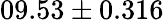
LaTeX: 09.53\pm 0.316